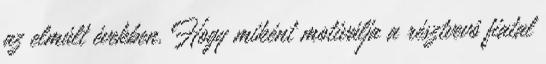
az elmúlt években. Hogy miként motiválja a résztvevô fiatal